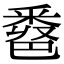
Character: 𨤖